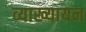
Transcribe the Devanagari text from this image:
व्याख्यायन